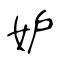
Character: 妒